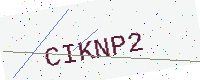
Text: CIKNP2